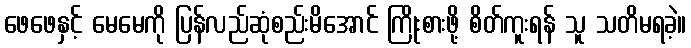
ဖေဖေနှင့် မေမေကို ပြန်လည်ဆုံစည်းမိအောင် ကြိုးစားဖို့ စိတ်ကူးရန် သူ သတိမရခဲ့။